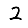
Digit: 2